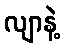
လျာနဲ့